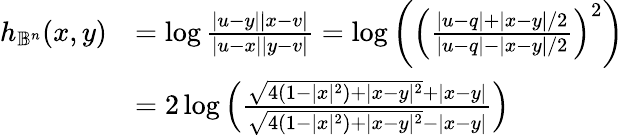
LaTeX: \begin{array}{rl}{h_{\mathbb{B}^{n}}(x,y)}&{=\log\frac{|u-y||x-v|}{|u-x||y-v|}=\log\left(\left(\frac{|u-q|+|x-y|/2}{|u-q|-|x-y|/2}\right)^{2}\right)}\\ &{=2\log\left(\frac{\sqrt{4(1-|x|^{2})+|x-y|^{2}}+|x-y|}{\sqrt{4(1-|x|^{2})+|x-y|^{2}}-|x-y|}\right)}\end{array}